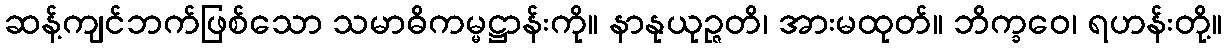
ဆန့်ကျင်ဘက်ဖြစ်သော သမာဓိကမ္မဋ္ဌာန်းကို။ နာနုယုဉ္ဇတိ၊ အားမထုတ်။ ဘိက္ခဝေ၊ ရဟန်းတို့။